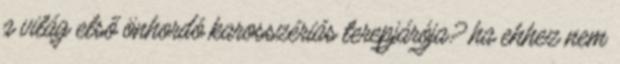
a világ első önhordó karosszériás terepjárója? ha ehhez nem